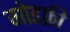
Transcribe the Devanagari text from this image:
गोडफ्री